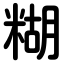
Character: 糊